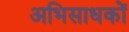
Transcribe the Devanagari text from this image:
अभिसाधकों